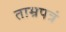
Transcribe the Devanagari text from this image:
ताम्रपत्रं